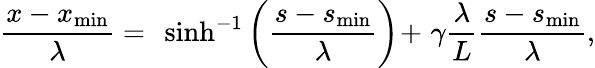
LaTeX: \frac{x-x_{\mathrm{min}}}{\lambda}=~\sinh^{-1}\left(\frac{s-s_{\mathrm{min}}}{\lambda}\right)\! +~\! \gamma\frac{\lambda}{L}\frac{s-s_{\operatorname*{min}}}{\lambda},